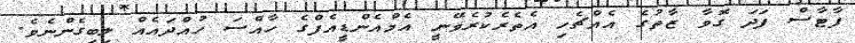
ފާޓާސް ފަދަ ގޮވާ ޒާތުގެ އެއްޗެހި އެތެރެކުރެވޭނީ އެމްއެންޑީއެފްގެ ހާއްސަ ހުއްދައެއް ލިބިގެންނެވެ.